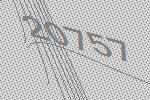
20757